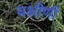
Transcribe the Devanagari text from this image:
यक्षीणी